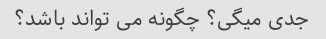
جدی میگی؟ چگونه می تواند باشد؟